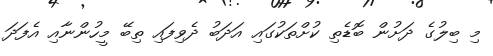
މި ބިލުގެ ދަށުން ބޮޑެތި ކުށްތަކުގައި އަދަބު ދެވިފައި ތިބޭ މީހުންނާއި އެފަދަ